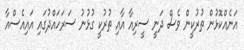
އަނެއްކޮޅުން ތުރުކީން ވެސް ދަނީ ސީރިއާ އާއި ތުރުކީ ގުޅުނު ސަރަހައްދުގައި އައިއެސްއާ